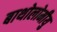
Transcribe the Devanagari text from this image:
बाथोलोमीयु